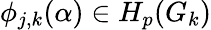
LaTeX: \phi_{j,k}(\alpha)\in H_{p}(G_{k})